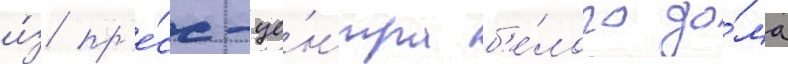
и́з пр'е́сс-це́нтра б'е́лого до́ма